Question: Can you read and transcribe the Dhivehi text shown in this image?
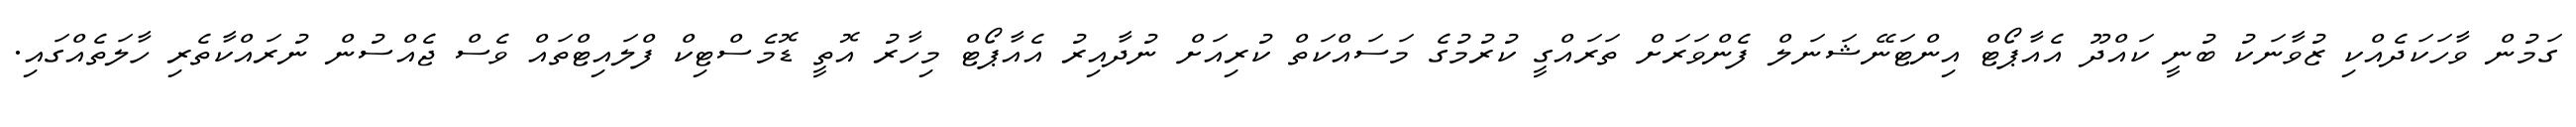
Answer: ގަމުން ވާހަކަދެއްކި ޒުވާނަކު ބުނީ ކައްދޫ އެއާޕޯޓް އިންޓަނޭޝަނަލް ފެންވަރަށް ތަރައްގީ ކުރުމުގެ މަސައްކަތް ކުރިއަށް ނުދާއިރު އެއާޕޯޓް މިހާރު އޮތީ ޑޮމެސްޓިކް ފްލައިޓްތައް ވެސް ޖެއްސުން ނުރައްކާތެރި ހާލަތެއްގައި.